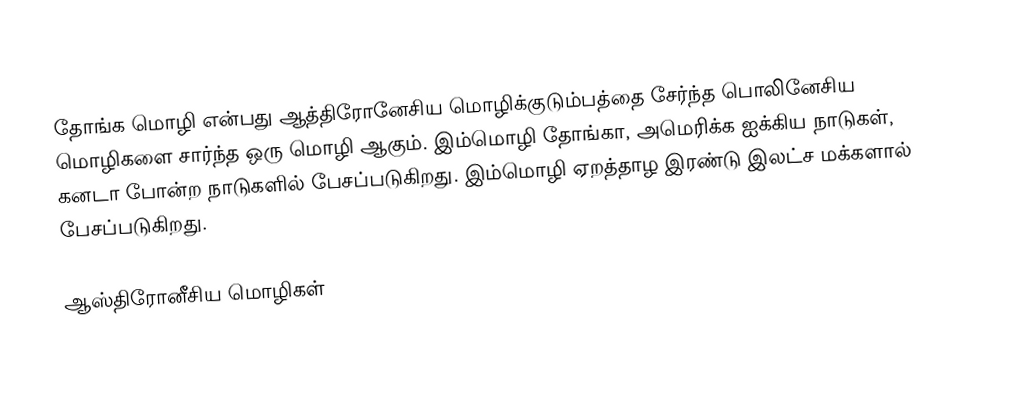
தோங்க மொழி என்பது ஆத்திரோனேசிய மொழிக்குடும்பத்தை சேர்ந்த பொலினேசிய மொழிகளை சார்ந்த ஒரு மொழி ஆகும். இம்மொழி தோங்கா, அமெரிக்க ஐக்கிய நாடுகள், கனடா போன்ற நாடுகளில் பேசப்படுகிறது. இம்மொழி ஏறத்தாழ இரண்டு இலட்ச மக்களால் பேசப்படுகிறது.

ஆஸ்திரோனீசிய மொழிகள்